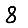
Digit: 8